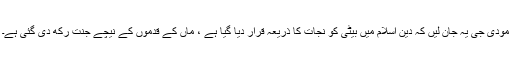
مودی جی یہ جان لیں کہ دین اسلام میں بیٹی کو نجات کا ذریعہ قرار دیا گیا ہے ، ماں کے قدموں کے نیچے جنت رکھ دی گئی ہے۔